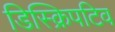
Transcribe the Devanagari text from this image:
डिस्क्रिपटिव